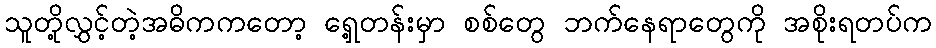
သူတို့လွှင့်တဲ့အဓိကကတော့ ရှေ့တန်းမှာ စစ်တွေ ဘက်နေရာတွေကို အစိုးရတပ်က